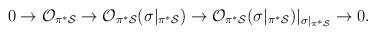
LaTeX: \begin{align*}0 \rightarrow {\cal O}_{\pi^* {\cal S}} \rightarrow{\cal O}_{\pi^* {\cal S}}(\sigma|_{\pi^* {\cal S}})\rightarrow{\cal O}_{\pi^* {\cal S}}(\sigma|_{\pi^* {\cal S}})|_{\sigma|_{\pi^* {\cal S}}}\rightarrow 0.\end{align*}